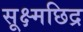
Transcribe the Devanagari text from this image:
सूक्ष्मछिद्र